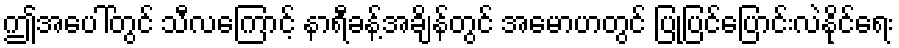
ဤအပေါ်တွင် သီလကြောင့် နာရီခန့်အချိန်တွင် အမောဟတွင် ပြုပြင်ပြောင်းလဲနိုင်ရေး